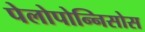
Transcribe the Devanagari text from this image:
पेलोपोन्निसोस